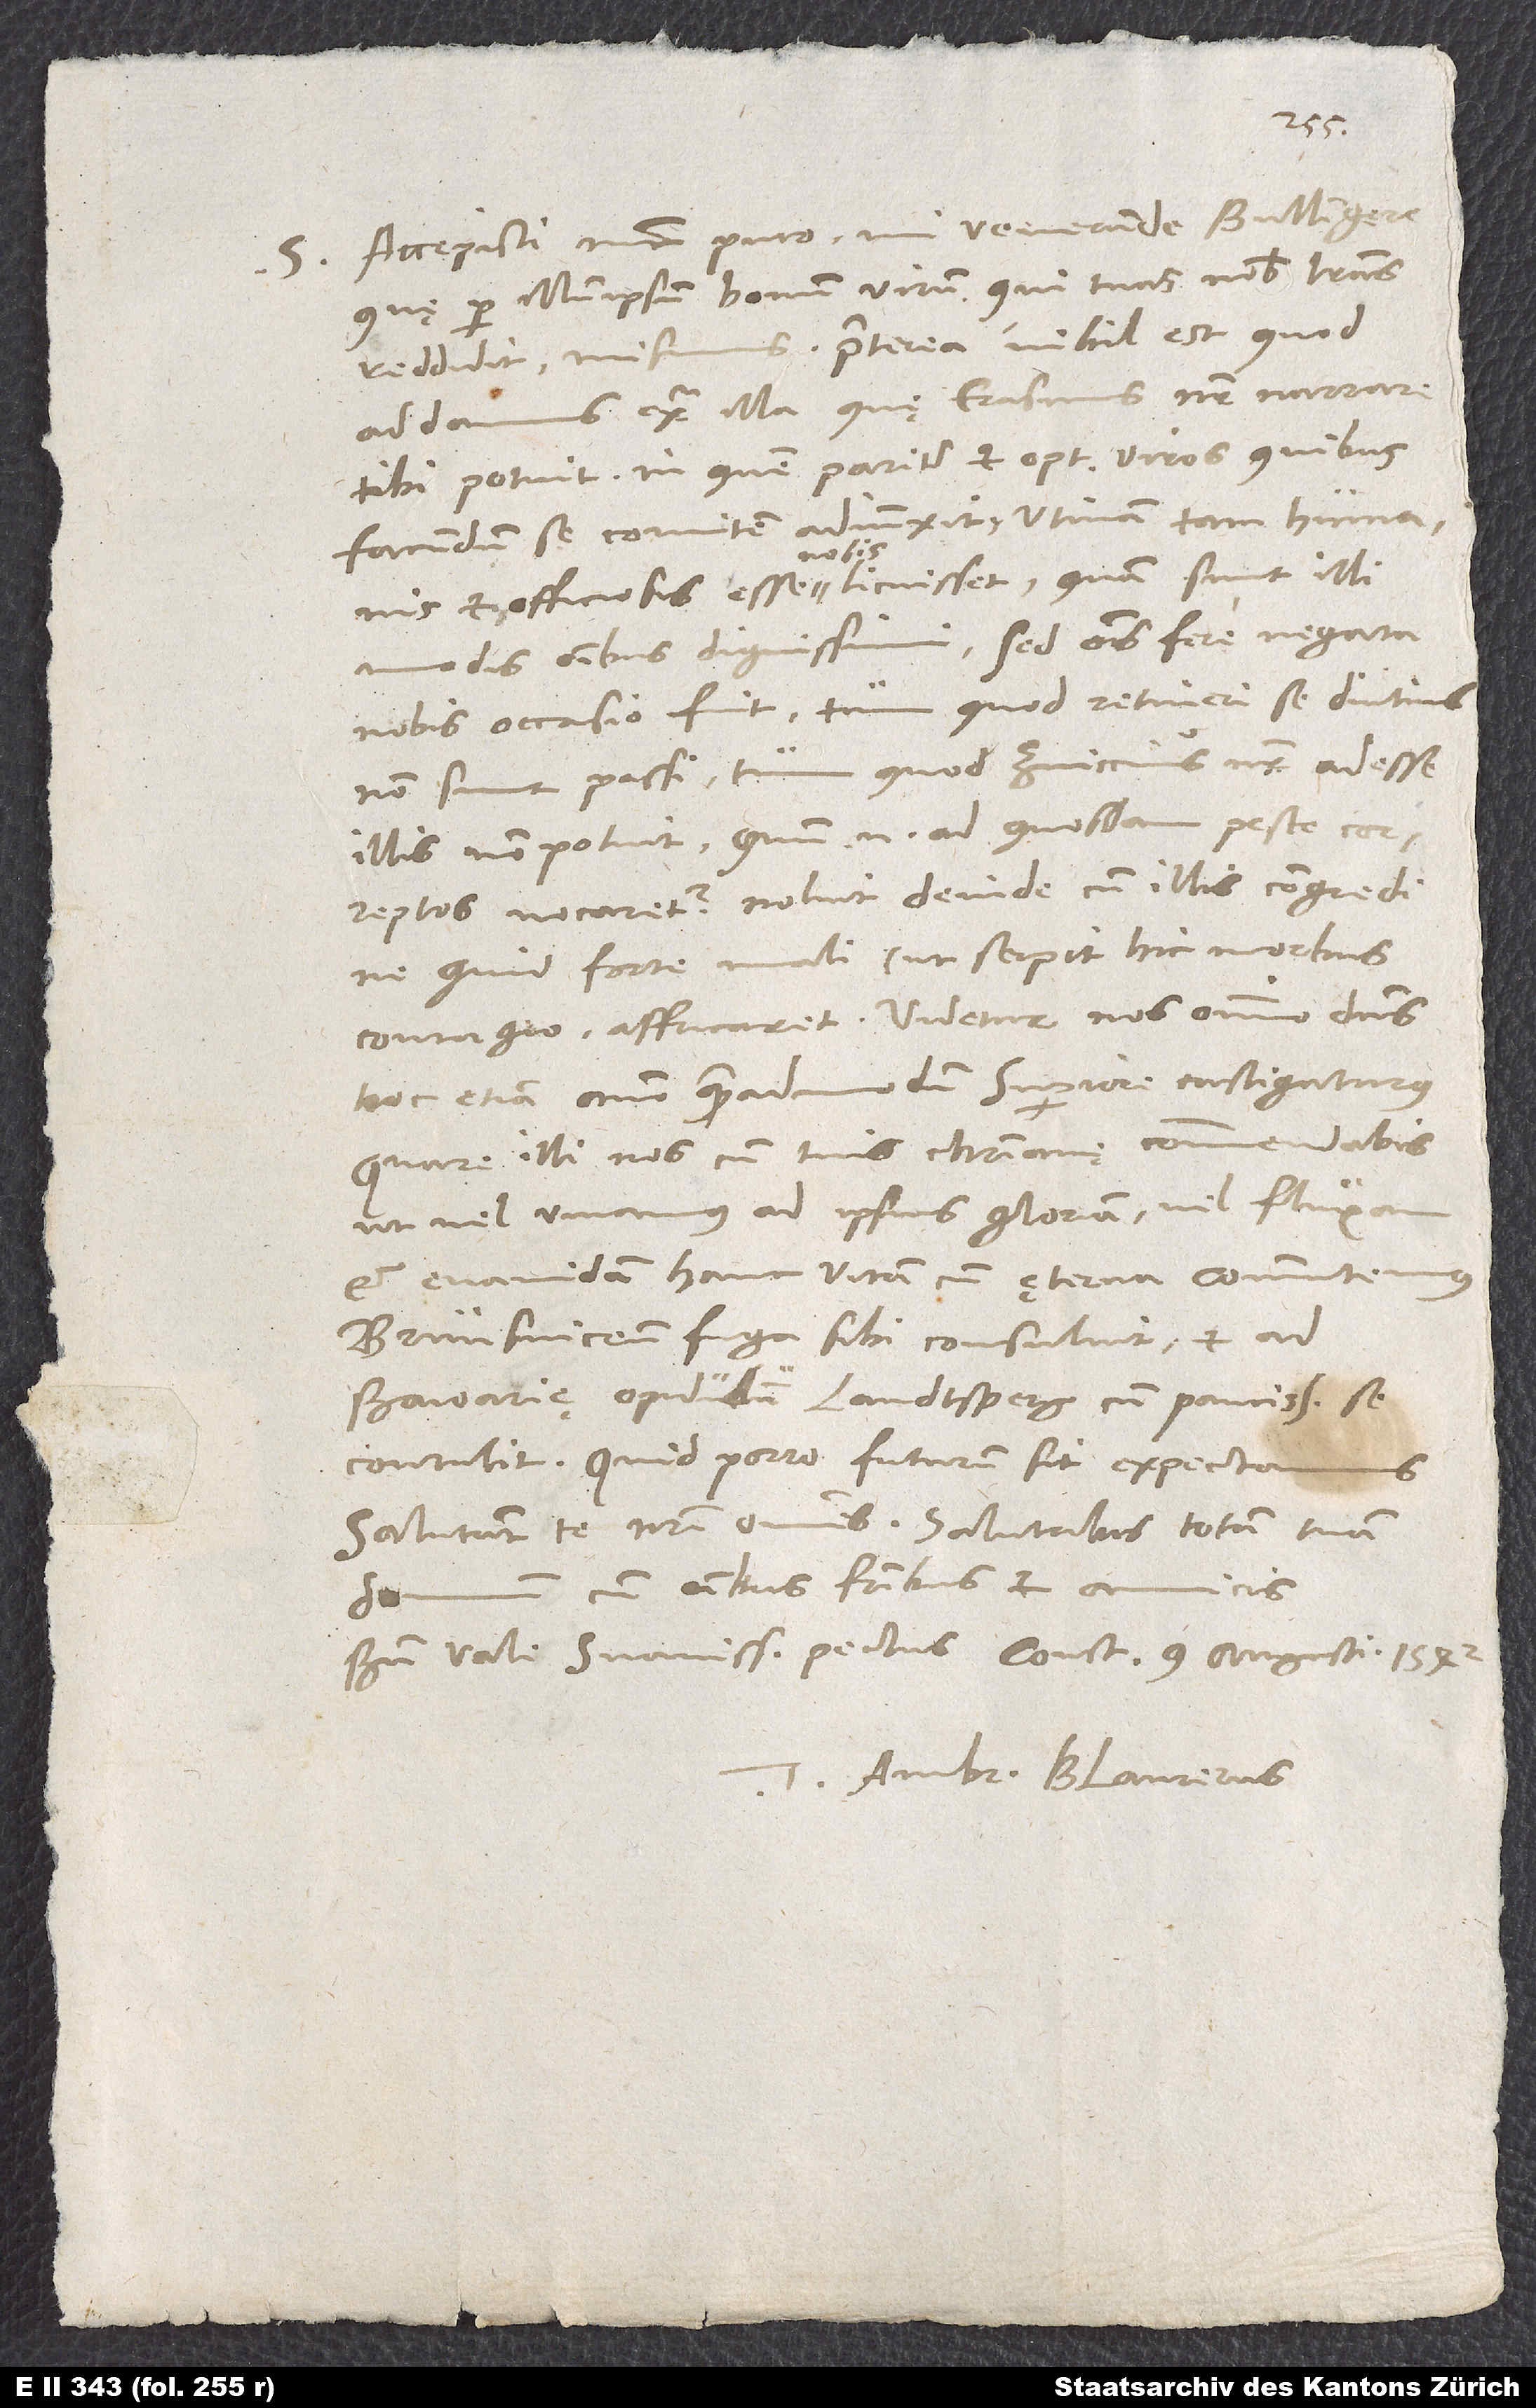
S. Accepisti nostra, puto, mi venerande Bullingere,
quę per illum ipsum bonum virum, qui tuas nobis literas
addamus extra illa, quę Erasmus noster narrare
tibi potuit, in quem pariter et optimos viros, quibus
facundum se comitem adiunxit, utinam tam humanis
et officiosis esse nobis licuisset, quam sunt illi
modis omnibus dignissimi. Sed omnis fere negata
nobis occasio fuit, tum quod retineri se diutius
non sunt passi, tum quod Zviccius noster adesse
illis non potuit; quum enim ad quosdam peste correptos
vocaretur, noluit deinde cum illis congredi,
ne quid forte mali (ut serpit hic morbus
contagio) affricaret. Videtur nos omnino dominus
hoc etiam anno quemadmodum superiore castigaturus,
quare illi nos cum tuis christianę commendabis,
ut vel vivamus ad ipsius gloriam vel fluxam
et evanidam hanc vitam cum ęterna commutemus.
Brunsvicensis fuga sibi consuluit et ad
Baioarię opidulum Landtsperg cum paucissimis se
contulit. Quid porro futurum sit, expectamus.
Salutant te nostri omnes. Salutabis totam tuam
domum cum omnibus fratribus et amicis.
Tuus Ambr. Blaurerus.